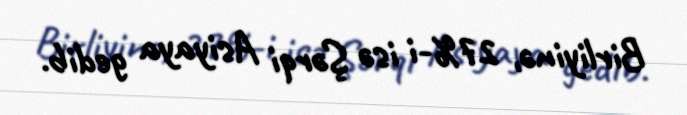
Birliyinə, 27%-i isə Şərqi Asiyaya gedib.